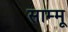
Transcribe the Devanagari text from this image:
साम्मू